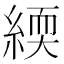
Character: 緛